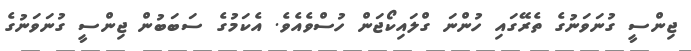
ޖިންސީ ގުނަވަނުގެ ތެރޭގައި ހުންނަ ގްލައިކޯޖަން ހުސްވެއެވެ. އެކަމުގެ ސަބަބުން ޖިންސީ ގުނަވަނުގެ